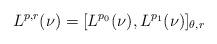
LaTeX: \begin{align*}L^{p,r}(\nu) = [L^{p_0}(\nu),L^{p_1}(\nu)]_{\theta,r}\end{align*}